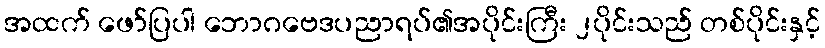
အထက် ဖော်ပြပါ ဘောဂဗေဒပညာရပ်၏အပိုင်းကြီး ၂ပိုင်းသည် တစ်ပိုင်းနှင့်